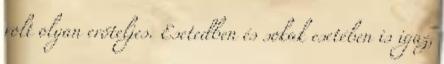
volt olyan erőteljes. Esetedben és sokak esetében is igaz,